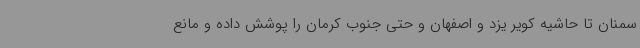
سمنان تا حاشیه کویر یزد و اصفهان و حتی جنوب کرمان را پوشش داده و مانع